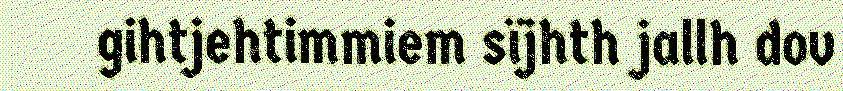
gihtjehtimmiem sïjhth jallh dov